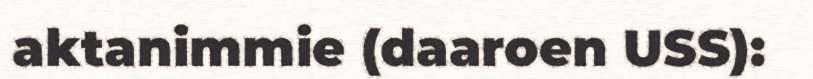
aktanimmie (daaroen USS):